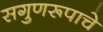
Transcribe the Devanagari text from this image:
सगुणरूपाचे